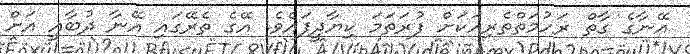
އޭނާގެ ގާތް ރަހުމަތްތެރިއަކަށް ފުރަތަަމަ ކިޔާދީފައެވެ. އޭގެ ތެރޭގައި އޭނާ ދުބާއީ އަށް